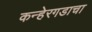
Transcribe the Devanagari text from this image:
कन्हेरगडाचा